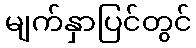
မျက်နှာပြင်တွင်